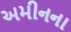
અમીનના